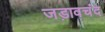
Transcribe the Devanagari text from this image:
जड़ावचंद